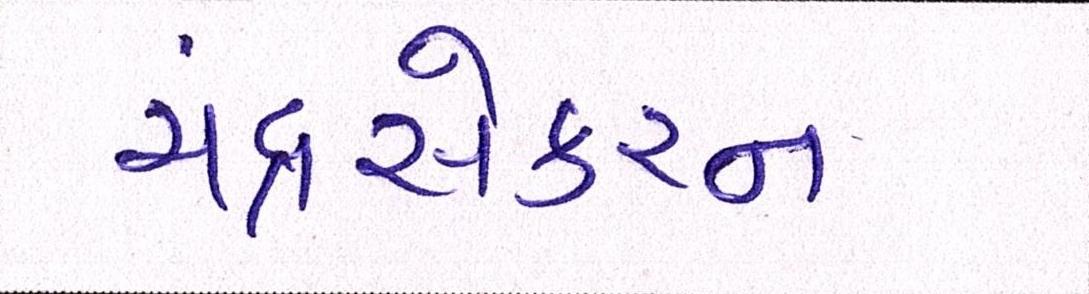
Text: ચંદ્રસેકરન